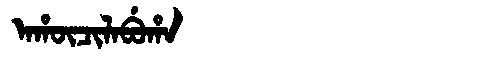
Manchu: ᠠᡥᡡᠴᡳᠯᠠᠪᡠᡥᠠ
Romanization: AHŪCILABUHA